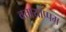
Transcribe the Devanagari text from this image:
वत्तायाप्पम